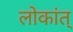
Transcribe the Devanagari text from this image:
लोकांत्‌